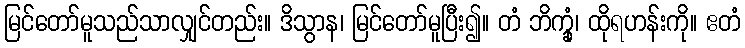
မြင်တော်မူသည်သာလျှင်တည်း။ ဒိသွာန၊ မြင်တော်မူပြီး၍။ တံ ဘိက္ခုံ၊ ထိုရဟန်းကို။ ဧတံ